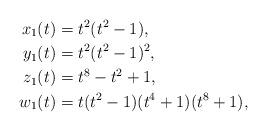
LaTeX: \begin{align*}x_1(t)&=t^2 (t^2-1) ,\\y_1(t)&=t^2 (t^2-1)^2,\\z_1(t)&=t^8 -t^2 + 1,\\w_1(t)&=t(t^2-1)(t^4+1)(t^8+1),\end{align*}